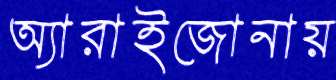
অ্যারাইজোনায়